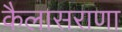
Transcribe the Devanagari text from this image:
कैलासराणा